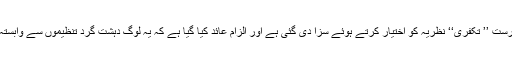
سعودی وزارت داخلہ نے کہا کہ ان افراد کو بنیاد پرست ’’ تکفری‘‘ نظریہ کو اختیار کرتے ہوئے سزا دی گئی ہے اور الزام عائد کیا گیا ہے کہ یہ لوگ دہشت گرد تنظیموں سے وابستہ تھے اور مختلف مجرمانہ سازشیں کرچکے تھے ۔